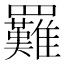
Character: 𦍀